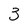
Character: 3